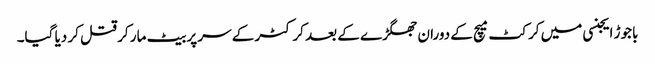
باجوڑ ایجنسی میں کرکٹ میچ کے دوران جھگڑے کے بعد کرکٹر کے سر پر بیٹ مار کر قتل کر دیا گیا۔